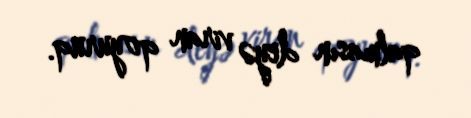
qalmasın deyə viran qoyuruq.